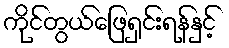
ကိုင်တွယ်ဖြေရှင်းရန်နှင့်